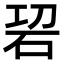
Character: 𥑱